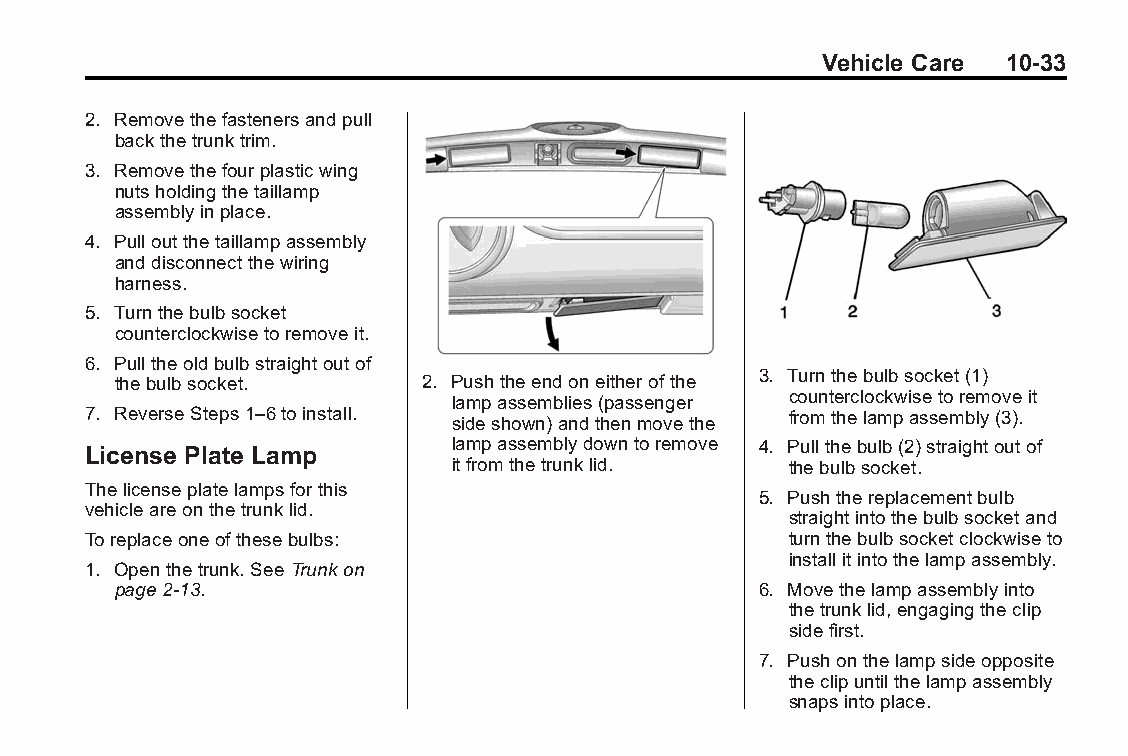
Buick LaCrosse Owner Manual (GMNA-Localizing-U.S./Canada/Mexico- Blackplate(33,1)
 6043609)-2014-2ndEdition-10/17/13
 Vehicle Care 10-33
 2. Removethefastenersandpull
 backthetrunktrim.
 3. Removethefourplasticwing
 nutsholdingthetaillamp
 assemblyinplace.
 4. Pulloutthetaillampassembly
 anddisconnectthewiring
 harness.
 5. Turnthebulbsocket
 counterclockwisetoremoveit.
 6. Pulltheoldbulbstraightoutof
 thebulbsocket.       2. Pushtheendoneitherofthe 3. Turnthebulbsocket(1)
 lampassemblies(passenger counterclockwisetoremoveit
 7. ReverseSteps1–6toinstall. sideshown)andthenmovethe fromthelampassembly(3).
 lampassemblydowntoremove 4. Pullthebulb(2)straightoutof
 License Plate Lamp
 itfromthetrunklid.    thebulbsocket.
 Thelicenseplatelampsforthis
 5. Pushthereplacementbulb
 vehicleareonthetrunklid.
 straightintothebulbsocketand
 Toreplaceoneofthesebulbs:                      turnthebulbsocketclockwiseto
 installitintothelampassembly.
 1. Openthetrunk.SeeTrunkon
 page2-13.                                  6. Movethelampassemblyinto
 thetrunklid,engagingtheclip
 sidefirst.
 7. Pushonthelampsideopposite
 theclipuntilthelampassembly
 snapsintoplace.